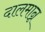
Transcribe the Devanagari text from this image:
दालमान्न